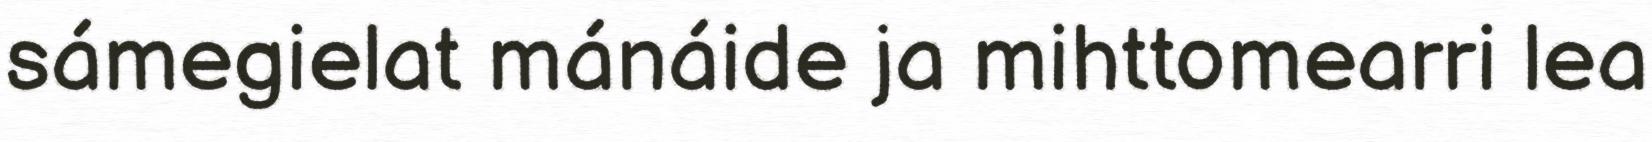
sámegielat mánáide ja mihttomearri lea